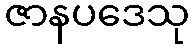
ဇာနပဒေသု